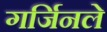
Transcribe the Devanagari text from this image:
गर्जिनले